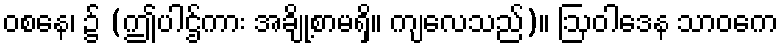
ဝစနေ၊ ၌ (ဤပါဌ်ကား အချို့စာမရှိ။ ကျလေသည်)။ ဩဝါဒေန သာဝကေ